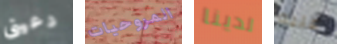
دعينى المروحيات لدينا عليه